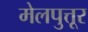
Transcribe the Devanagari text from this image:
मेलपुत्तूर